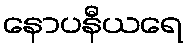
နောပနီယရေ